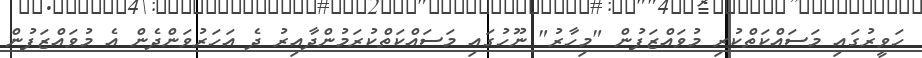
ހަވީރުގައި މަސައްކަތްކުރި މުވައްޒަފުން "މިހާރު" ނޫހުގައި މަސައްކަތްކުރަމުންދާއިރު ދެ އަހަރުވަންދެން އެ މުވައްޒަފުން